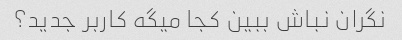
نگران نباش ببین کجا میگه کاربر جدید؟